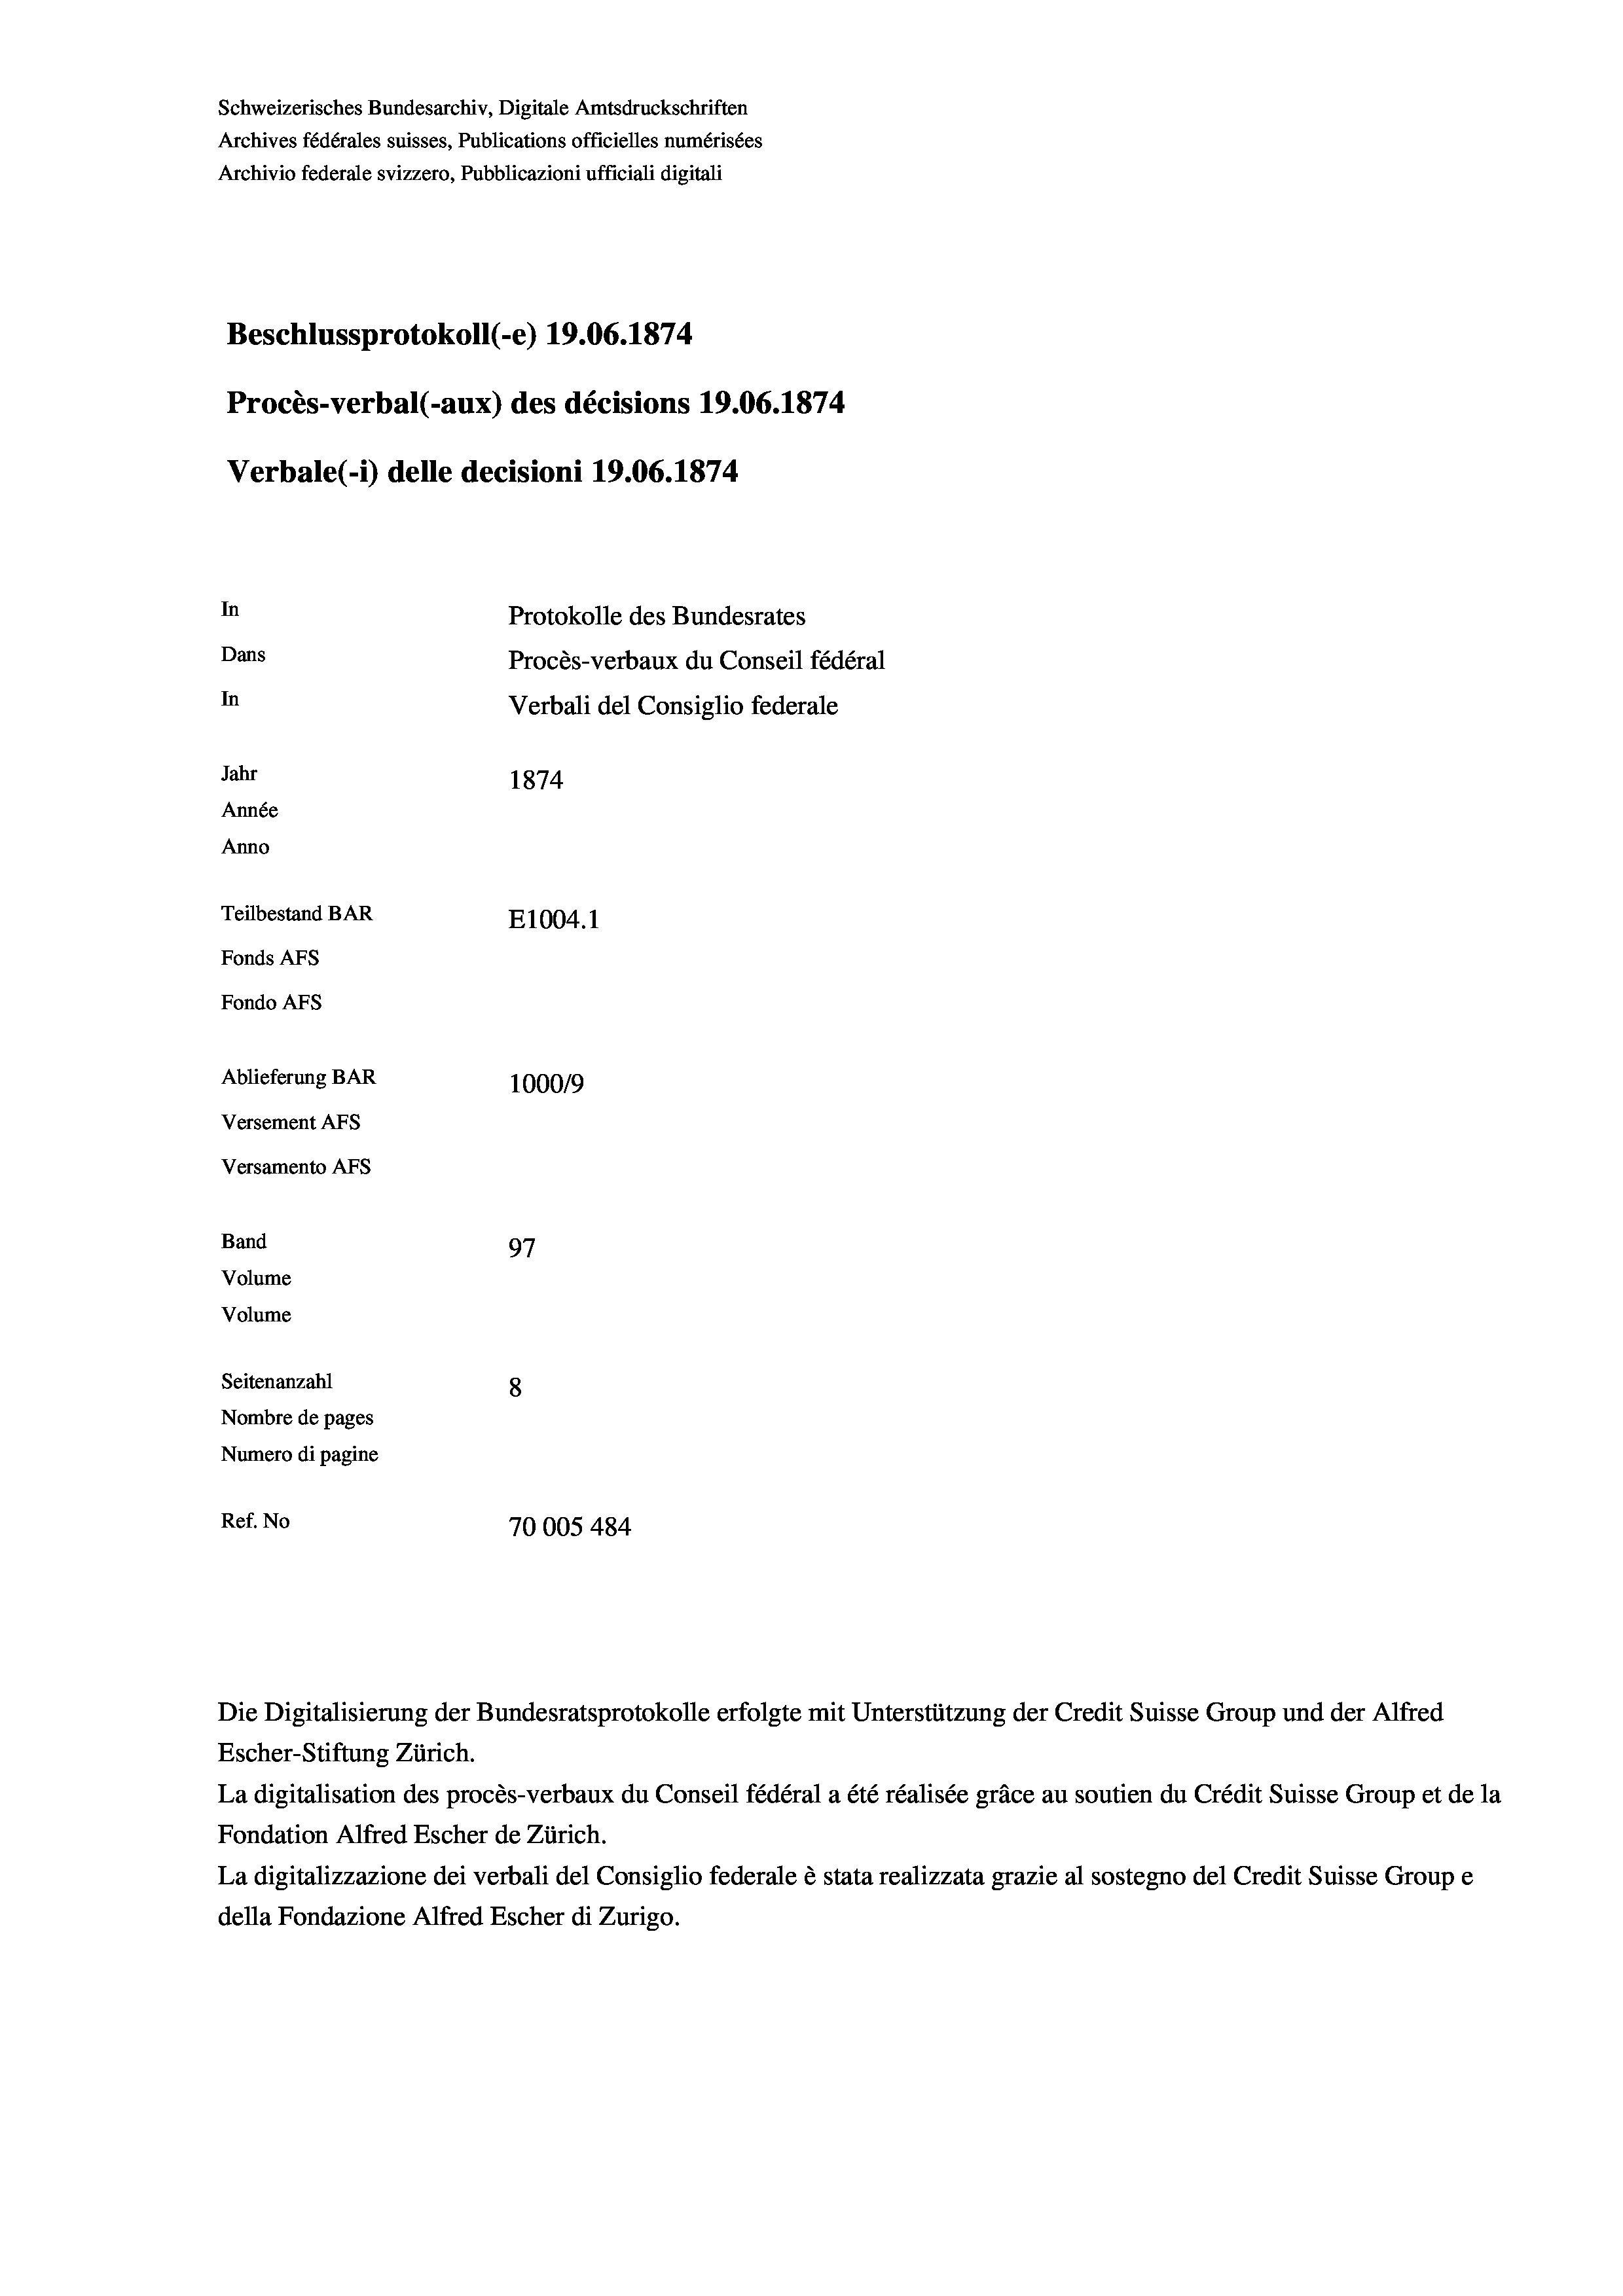
Schweizerisches Bundesarchiv, Digitale Amtsdruckschriften
Archives fédérales suisses, Publications officielles numérisées
Archivio federale svizzero, Pubblicazioni ufficiali digitali
Beschlussprotokoll (-e) 19.06. 1874
Procès-verbal (-aux) des décisions 19.06. 1874
Verbale (i) delle decisioni 19.06. 1874
In
Protokolle des Bundesrates
Dans
Procès-verbaux du Conseil fédéral
In
Verbali del Consiglio federale
Jahr
1874
Année
Anno
Teilbestand BAR
E1004.1
Fonds AFs
Fondo AFs
Ablieferung BAR
1000/9
Versement Abs
Versamento Afs

97
8
Nombre de pages
Numero di pagine
Ref. No
70005 484

Band
Volume
Volume

Seitenanzahl

Die Digitalisierung der Bundesratsprotokolle erfolgte mit Unterstützung der Credit Suisse Group und der Alfred
Escher-Stiftung Zürich.
La digitalisation des procès-verbaux du Conseil fédéral a été réalisée gräce au soutien du Crédit Suisse Group et de la
Fondation Alfred Escher de Zürich.
La digitalizzazione dei verbali del Consiglio federale è stata realizzata grazie al sostegno del Credit Suisse Groupe
della Fondazione Alfred Escher di Zurigo.